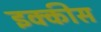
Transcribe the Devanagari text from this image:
इक्‍कीस